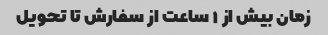
زمان بیش از ۱ ساعت از سفارش تا تحویل